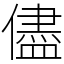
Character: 儘